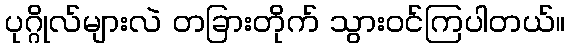
ပုဂ္ဂိုလ်များလဲ တခြားတိုက် သွားဝင်ကြပါတယ်။